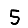
Digit: 5